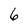
Character: 6